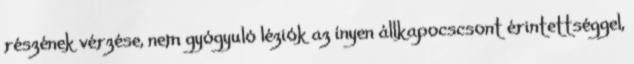
részének vérzése, nem gyógyuló léziók az ínyen állkapocscsont érintettséggel,